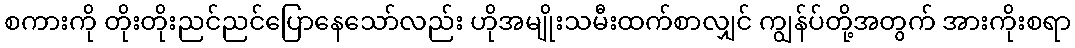
စကားကို တိုးတိုးညင်ညင်ပြောနေသော်လည်း ဟိုအမျိုးသမီးထက်စာလျှင် ကျွန်ပ်တို့အတွက် အားကိုးစရာ